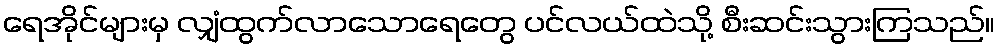
ရေအိုင်များမှ လျှံထွက်လာသောရေတွေ ပင်လယ်ထဲသို့ စီးဆင်းသွားကြသည်။